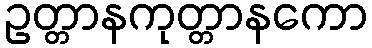
ဥတ္တာနကုတ္တာနကော